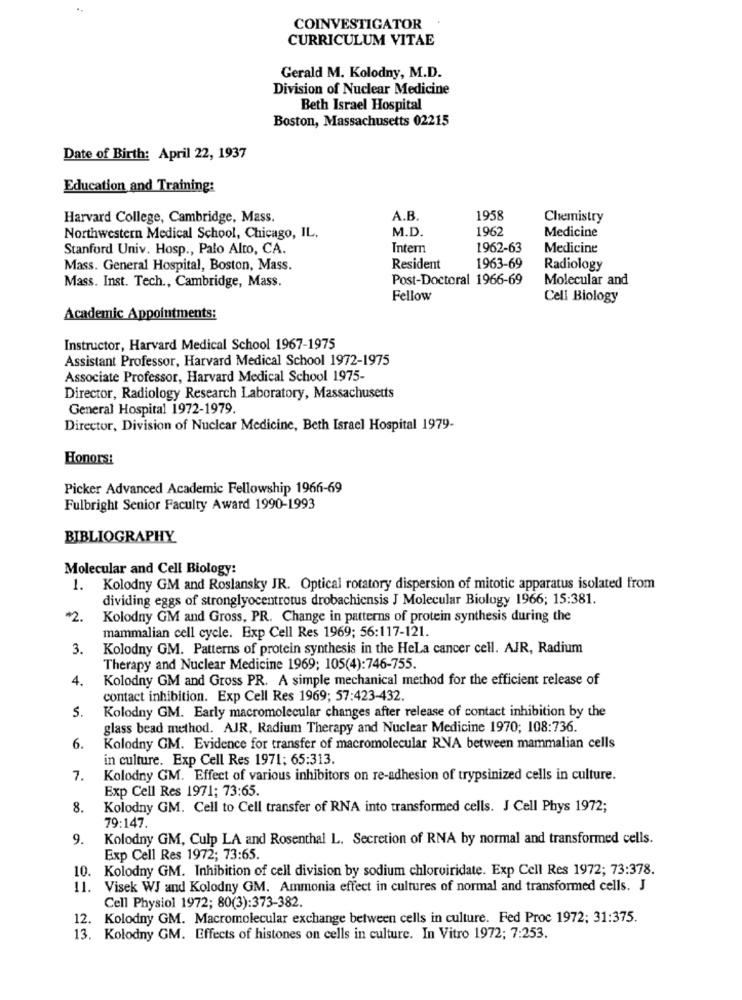
COINVESTIGATOR
CURRICULUM VITAE
Gerald M. Kolodny, M.D.
Division of Nuclear Medicine
Beth Israel Hospital
Boston, Massachusetts 02215
Date of Birth: April 22, 1937
Education and Training:
Harvard College, Cambridge, Mass.
A.B.
1958
Chemistry
M.D.
1962
Medicine
Northwestern Medical School, Chicago, IL.
Stanford Univ. Hosp ., Palo Alto, CA.
Intern
1962-63
Medicine
Mass. General Hospital, Boston, Mass.
Resident
1963-69
Radiology
Mass. Inst. Tech ., Cambridge, Mass.
Post-Doctoral 1966-69
Molecular and
Fellow
Cell Biology
Academic Appointments:
Instructor, Harvard Medical School 1967-1975
Assistant Professor, Harvard Medical School 1972-1975
Associate Professor, Harvard Medical School 1975-
Director, Radiology Research Laboratory, Massachusetts
General Hospital 1972-1979.
Director, Division of Nuclear Medicine, Beth Israel Hospital 1979-
Honors:
Picker Advanced Academic Fellowship 1966-69
Fulbright Senior Faculty Award 1990-1993
BIBLIOGRAPHY
Molecular and Cell Biology:
1. Kolodny GM and Roslansky JR. Optical rotatory dispersion of mitotic apparatus isolated from
dividing eggs of stronglyocentrotus drobachiensis J Molecular Biology 1966; 15:381.
2.
Kolodny GM and Gross, PR. Change in patterns of protein synthesis during the
mammalian cell cycle. Exp Cell Res 1969; 56:117-121.
3.
Kolodny GM. Patterns of protein synthesis in the HeLa cancer cell. AJR, Radium
Therapy and Nuclear Medicine 1969; 105(4):746-755.
4.
Kolodny GM and Gross PR. A simple mechanical method for the efficient release of
contact inhibition. Exp Cell Res 1969; 57:423-432.
S.
Kolodny GM. Early macromolecular changes after release of contact inhibition by the
glass bead method. AJR, Radium Therapy and Nuclear Medicine 1970; 108:736.
6.
Kolodny GM. Evidence for transfer of macromolecular RNA between mammalian cells
in culture. Exp Cell Res 1971; 65:313.
7.
Kolodny GM. Effect of various inhibitors on re-adhesion of trypsinized cells in culture.
Exp Cell Res 1971; 73:65.
8.
Kolodny GM. Cell to Cell transfer of RNA into transformed cells. J Cell Phys 1972;
79:147.
9.
Kolodny GM, Culp LA and Rosenthal L. Secretion of RNA by normal and transformed cells.
Exp Cell Res 1972; 73:65.
10. Kolodny GM. Inhibition of cell division by sodium chlorviridate. Exp Cell Res 1972; 73:378.
11. Visek WJ and Kolodny GM. Ammonia effect in cultures of normal and transformed cells. J
Cell Physiol 1972; 80(3):373-382.
12. Kolodny GM. Macromolecular exchange between cells in culture. Fed Proc 1972; 31:375.
13. Kolodny GM. Effects of histones on cells in culture. In Vitro 1972; 7:253.